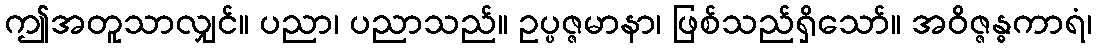
ဤအတူသာလျှင်။ ပညာ၊ ပညာသည်။ ဥပ္ပဇ္ဇမာနာ၊ ဖြစ်သည်ရှိသော်။ အဝိဇ္ဇန္ဓကာရံ၊